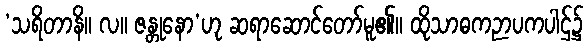
‘သရိတာနိ။ လ။ ဇန္တုနော’ဟု ဆရာဆောင်တော်မူ၏။ ထိုသာဓကဉာပကပါဌ်၌